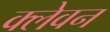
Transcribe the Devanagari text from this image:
क्लेवन